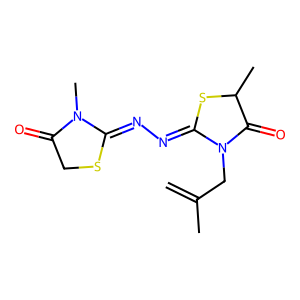
SMILES: C=C(C)CN1C(=O)C(C)SC1=NN=C1SCC(=O)N1C
Inhibits HIV replication: No